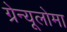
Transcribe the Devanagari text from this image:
ग्रेन्यूलोमा